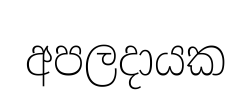
අපලදායක